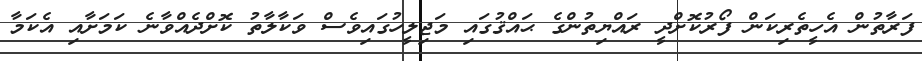
ފަރާތުން އެހީތެރިކަން ފޯރުކޮށްދީ ރައްޔިތުންގެ ޙައްޤުގައި މަޖިލީހުގައިވެސް ވަކާލާތު ކޮށްދެއްވާނެ ކަމަށާއި އެކަމާ